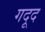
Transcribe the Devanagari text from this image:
गदूद